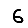
Digit: 6